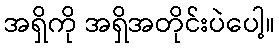
အရှိကို အရှိအတိုင်းပဲပေါ့။